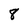
Character: 8